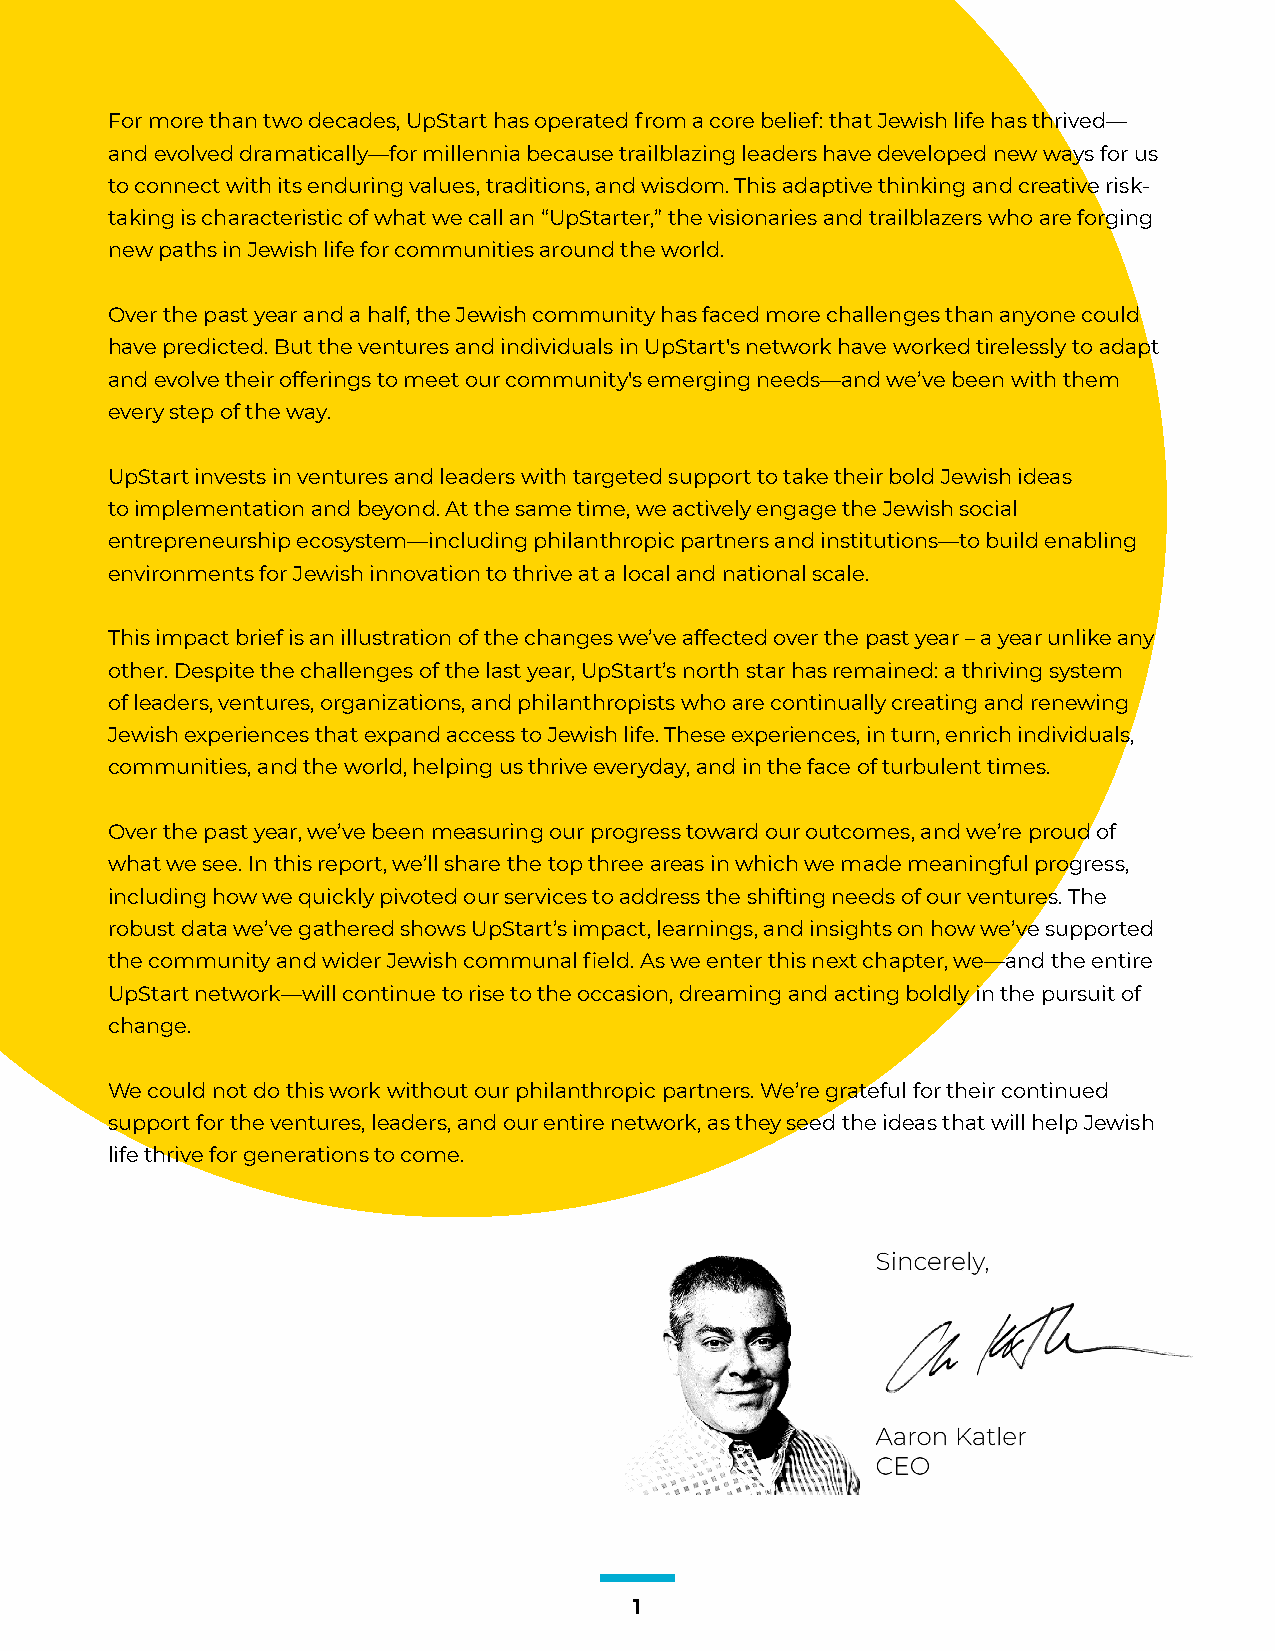
For more than two decades, UpStart has operated from a core belief: that Jewish life has thrived—
 and evolved dramatically—for millennia because trailblazing leaders have developed new ways for us
 to connect with its enduring values, traditions, and wisdom. This adaptive thinking and creative risk-
 taking is characteristic of what we call an “UpStarter,” the visionaries and trailblazers who are forging
 new paths in Jewish life for communities around the world.
 Over the past year and a half, the Jewish community has faced more challenges than anyone could
 have predicted. But the ventures and individuals in UpStart's network have worked tirelessly to adapt
 and evolve their offerings to meet our community's emerging needs—and we’ve been with them
 every step of the way.
 UpStart invests in ventures and leaders with targeted support to take their bold Jewish ideas
 to implementation and beyond. At the same time, we actively engage the Jewish social
 entrepreneurship ecosystem—including philanthropic partners and institutions—to build enabling
 environments for Jewish innovation to thrive at a local and national scale.
 This impact brief is an illustration of the changes we’ve affected over the past year – a year unlike any
 other. Despite the challenges of the last year, UpStart’s north star has remained: a thriving system
 of leaders, ventures, organizations, and philanthropists who are continually creating and renewing
 Jewish experiences that expand access to Jewish life. These experiences, in turn, enrich individuals,
 communities, and the world, helping us thrive everyday, and in the face of turbulent times.
 Over the past year, we’ve been measuring our progress toward our outcomes, and we’re proud of
 what we see. In this report, we’ll share the top three areas in which we made meaningful progress,
 including how we quickly pivoted our services to address the shifting needs of our ventures. The
 robust data we’ve gathered shows UpStart’s impact, learnings, and insights on how we’ve supported
 the community and wider Jewish communal field. As we enter this next chapter, we—and the entire
 UpStart network—will continue to rise to the occasion, dreaming and acting boldly in the pursuit of
 change.
 We could not do this work without our philanthropic partners. We’re grateful for their continued
 support for the ventures, leaders, and our entire network, as they seed the ideas that will help Jewish
 life thrive for generations to come.
 1